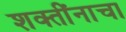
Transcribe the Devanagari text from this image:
शक्तींनाचा